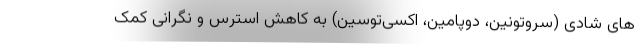
های شادی (سروتونین، دوپامین، اُکسی‌توسین) به کاهش استرس و نگرانی کمک